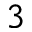
^ 3